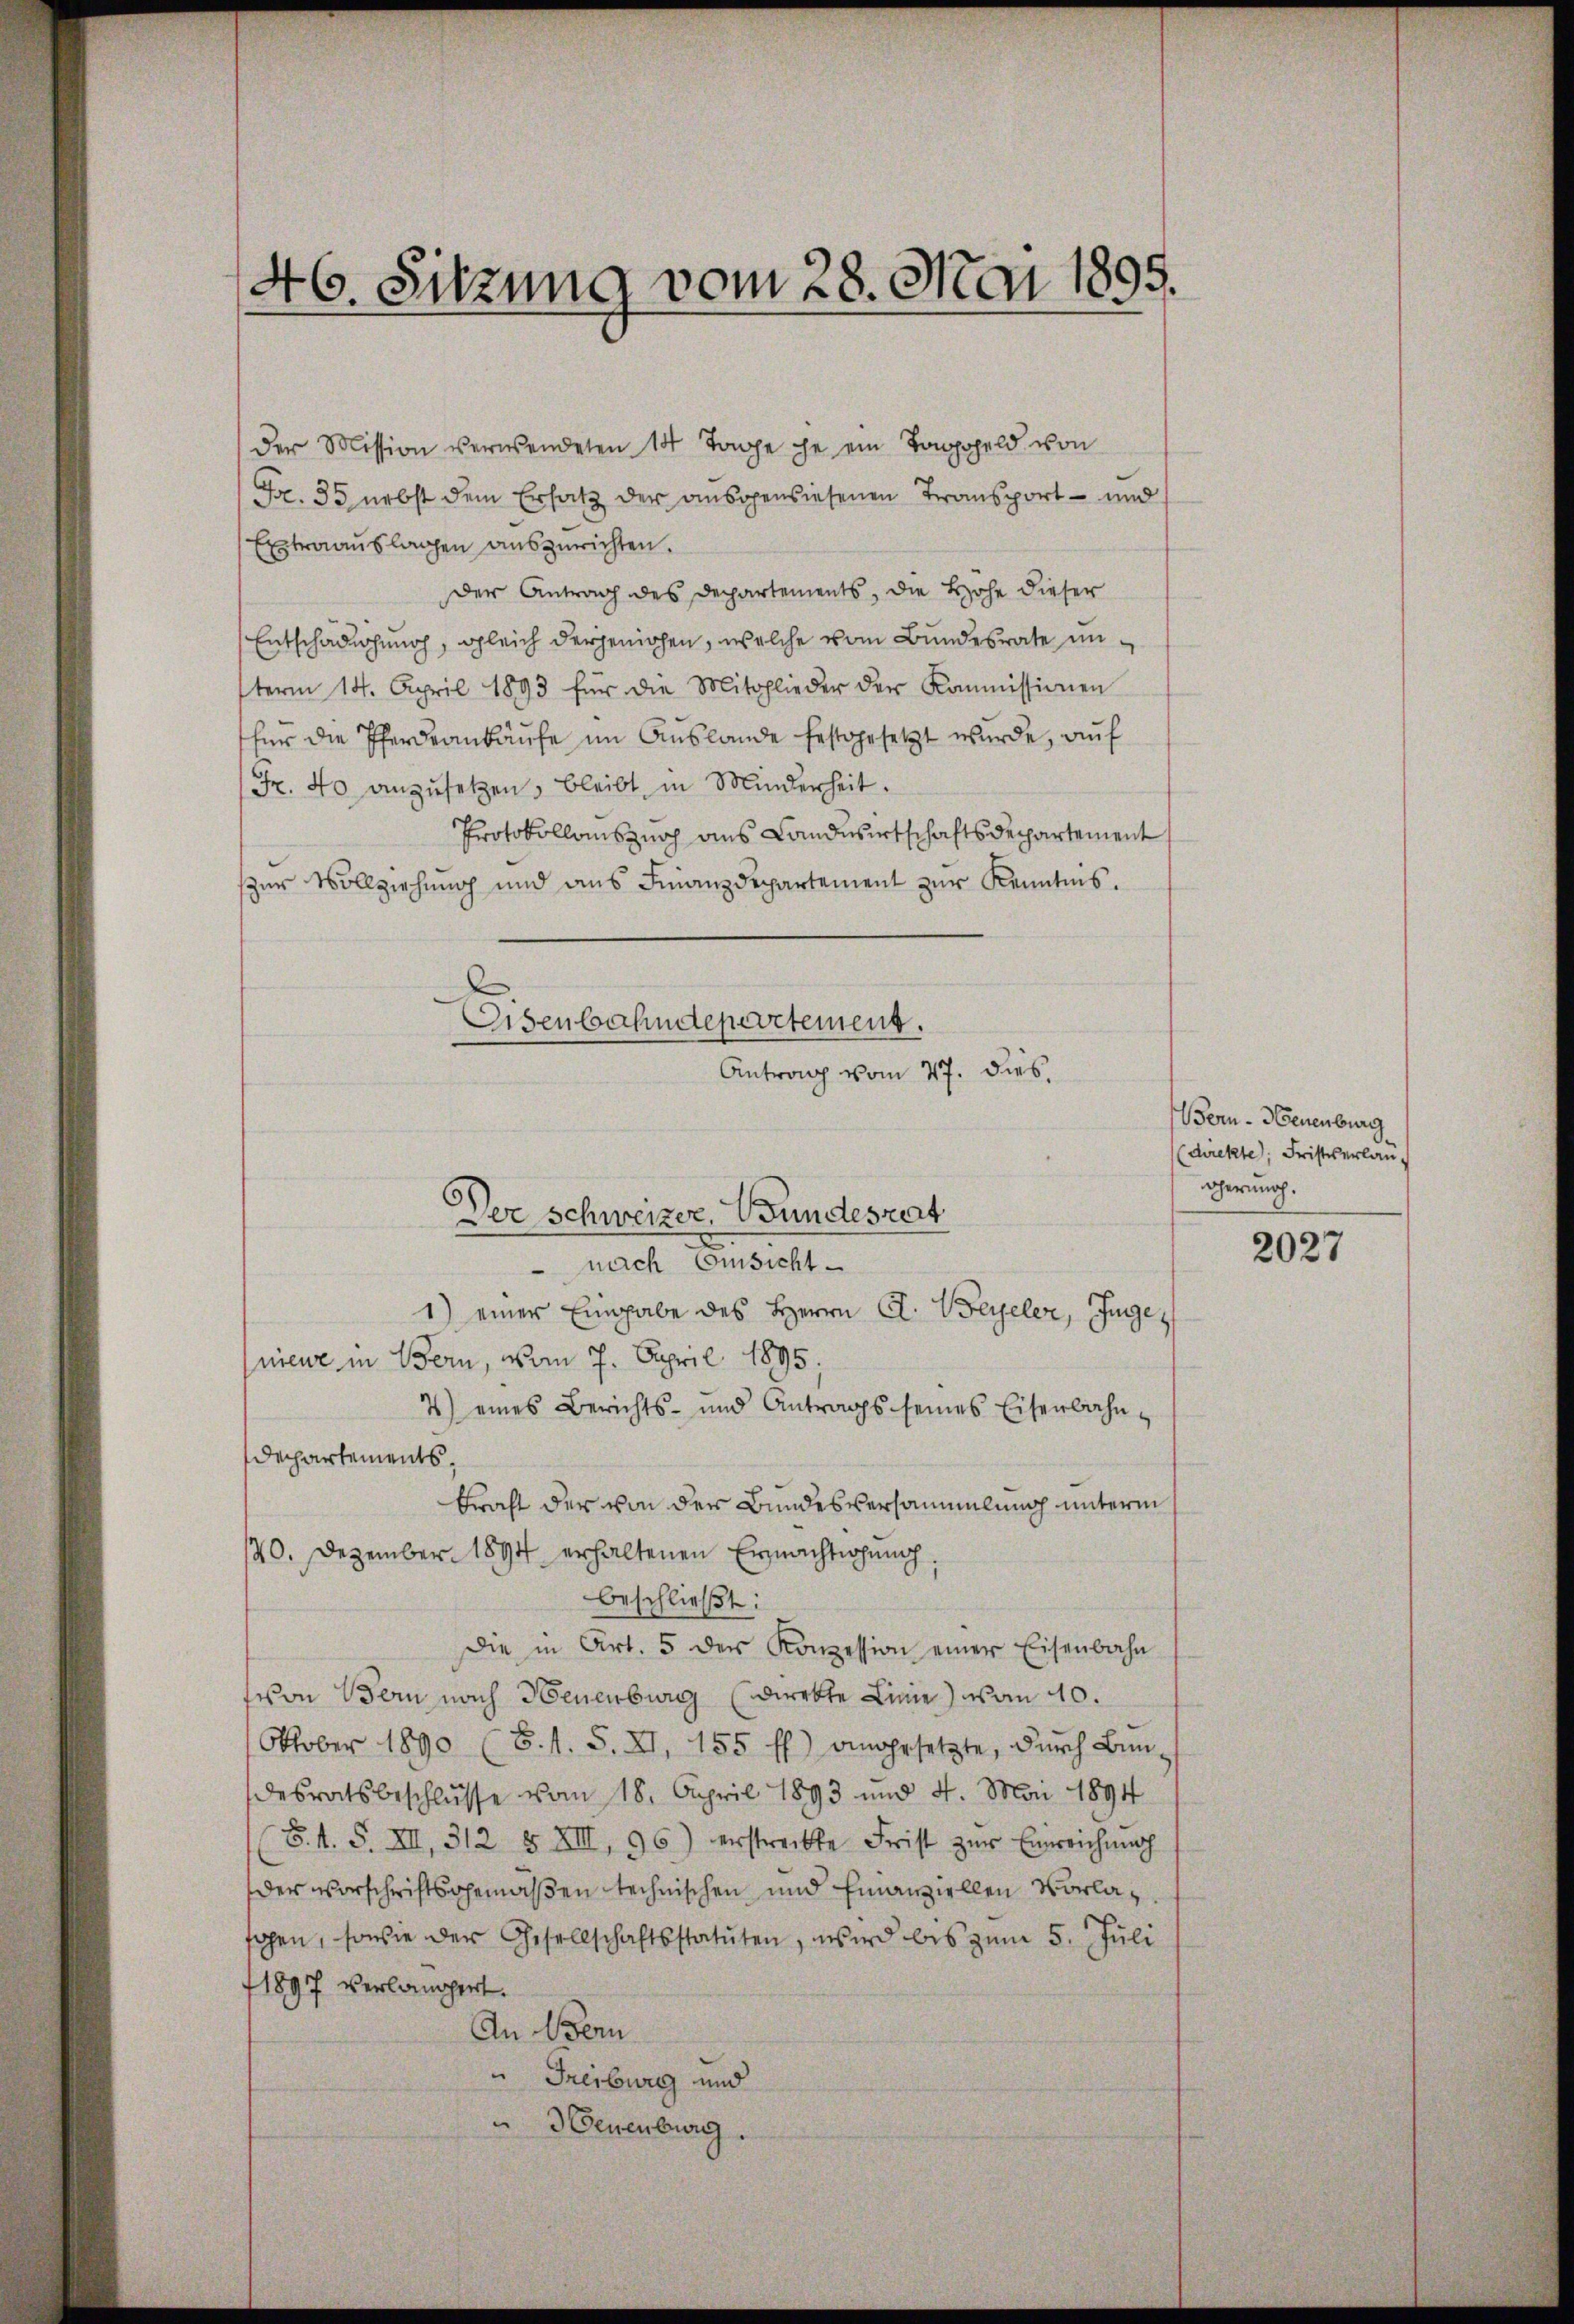
d
6. Sitzung vom 28. Mai 1895.

der Mission verwendeten 14 Tage che ein Taggeld von
Fr. 35 nebst dem Ersatz der ausgewiesenen Transport – und
Extraauslagen auszurichten.
Der Antrag des Departements, die Höhe dieser
Entschädigung, gleich derjenigen, welche vom Bundesrate unterm 14. April 1893 für die Mitglieder der Kommissionen
für die Pferdrankäufe im Auslande festgesetzt wurde, auf
Fr. 40 anzusetzen, bleibt, in Minderheit.
Protokollanszuch aus Landwirtschaftsdepartement
zur Vollziehung und aus Finanzdepartement zur Kenntnis.

Eisenbahndepartement.
Antrag vom 27. dies
Der Schweizer, Bundesrat

Bern - Neuenburg
(direkte, Fristverlang
dherung.

nach Einsicht
1) einer Eingabe des Herrn C. Beyeler, Ingenieur in Bern, vom 7. April 1895.
7) eines Berichts- und Antrags seines Eisenbahn-
Dechartements,
kraft der von der Bundesversammlung unterm
20. Dezember 1894 erhaltenen Ermachthung
beschließt:
Die in Art. 5 der Konzession einer Eisenbahn
(von Bern nach Neuenburg (irkte Linie) von 40.
Oktober 1890 (8. s. S. XI. 155 ff.) angesetzte, dŭrch Bŭn-
desratsbeschlüsse vom 18. April 1893 und 4. Mai 1894
(S. A. S. XII, 312 § XIII, 96) erstreckte Frist zŭr Einreichnah
der Vorschriftsgemäßen technischen und finanziellen Vorlaschen, sowie der Gesellschaftsstatuten, wird bis zum 5. Juli
1897 verlangert.
An Wern
" Freiburg und
3Ceuenburg.

2027